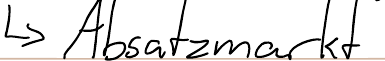
-> Absatzmarkt